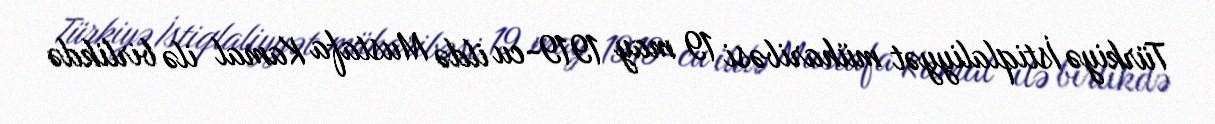
Türkiyə İstiqlaliyyət müharibəsi 19 may 1919-cu ildə Mustafa Kamal ilə birlikdə